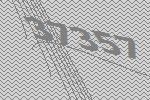
37357